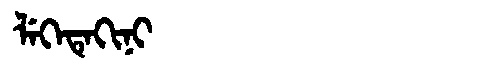
Manchu: ᠯᡝᡴᡝᡨᡝᡴᡳᠨᡳ
Romanization: LEKETEKINI